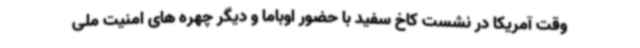
وقت آمریکا در نشست کاخ سفید با حضور اوباما و دیگر چهره های امنیت ملی